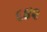
૬૪૨